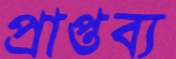
প্রাপ্তব্য